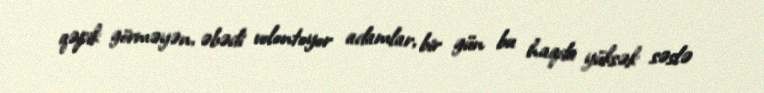
qəpik görməyən, əbədi volontoyor adamlar, bir gün bu haqda yüksək səslə